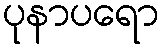
ပုနာပရော